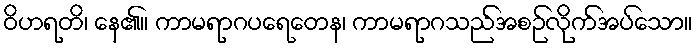
ဝိဟရတိ၊ နေ၏။ ကာမရာဂပရေတေန၊ ကာမရာဂသည်အစဉ်လိုက်အပ်သော။